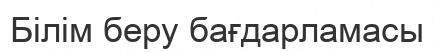
Білім беру бағдарламасы